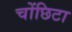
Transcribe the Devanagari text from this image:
चोंछिटा